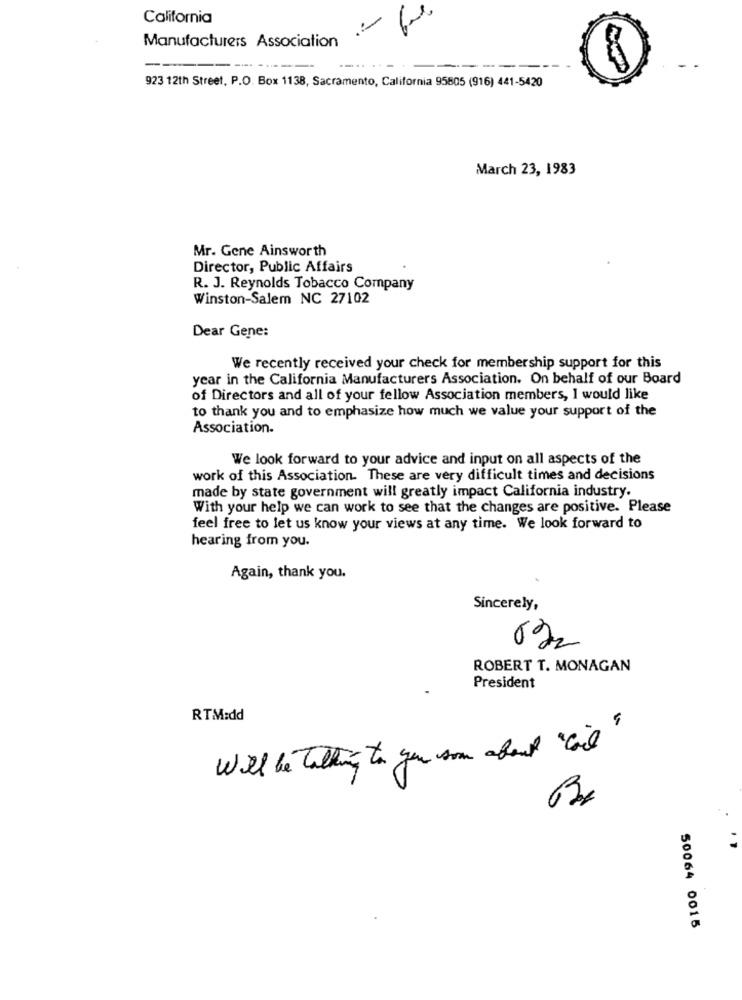
California
-
Manufacturers Association
.-......
923 12th Street, P.O. Box 1138, Sacramento, California 95805 (916) 441-5420
March 23, 1983
Mr. Gene Ainsworth
Director, Public Affairs
R. J. Reynolds Tobacco Company
Winston-Salem NC 27102
Dear Gene:
We recently received your check for membership support for this
year in the California Manufacturers Association. On behalf of our Board
of Directors and all of your fellow Association members, I would like
to thank you and to emphasize how much we value your support of the
Association.
We look forward to your advice and input on all aspects of the
work of this Association. These are very difficult times and decisions
made by state government will greatly impact California industry.
With your help we can work to see that the changes are positive. Please
feel free to let us know your views at any time. We look forward to
hearing from you.
Again, thank you.
Sincerely,
6
ROBERT T. MONAGAN
President
RTM:dd
Will be Talking to you som about "and"
50064 0015